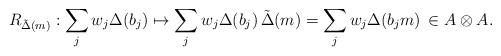
LaTeX: \begin{align*}R_{\tilde{\Delta}(m)}:\sum_{j}w_j\Delta(b_j)\mapsto\sum_j w_j\Delta(b_j)\,\tilde{\Delta}(m)=\sum_jw_j\Delta(b_jm)\,\in A\otimes A.\end{align*}